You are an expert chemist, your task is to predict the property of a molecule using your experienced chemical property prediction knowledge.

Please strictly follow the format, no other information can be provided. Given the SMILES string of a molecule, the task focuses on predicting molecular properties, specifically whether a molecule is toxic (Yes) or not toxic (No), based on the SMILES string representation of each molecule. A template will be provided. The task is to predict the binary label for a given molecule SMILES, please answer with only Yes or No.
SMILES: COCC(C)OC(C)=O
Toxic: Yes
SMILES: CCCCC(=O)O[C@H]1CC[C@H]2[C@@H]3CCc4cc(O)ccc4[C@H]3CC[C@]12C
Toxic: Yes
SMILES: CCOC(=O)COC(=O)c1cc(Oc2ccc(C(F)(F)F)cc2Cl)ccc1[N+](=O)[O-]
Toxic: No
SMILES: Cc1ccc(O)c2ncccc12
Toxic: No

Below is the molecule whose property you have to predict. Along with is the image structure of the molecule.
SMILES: NNC(=O)CP(=O)(c1ccccc1)c1ccccc1
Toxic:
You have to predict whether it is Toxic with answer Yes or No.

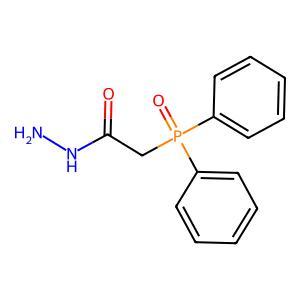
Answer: No